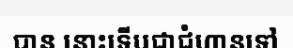
បាន នោះទើបជាជំហានទៅ